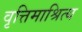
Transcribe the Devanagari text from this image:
वृत्तिमाश्रित्य